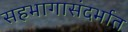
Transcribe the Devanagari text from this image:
सहभागासंदर्भात